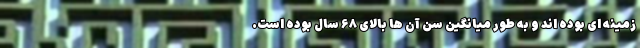
زمینه ای بوده اند و به طور میانگین سن آن ها بالای ۶۸ سال بوده است.